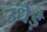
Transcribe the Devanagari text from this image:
उधेड़े